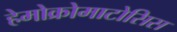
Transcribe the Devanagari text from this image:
हेमोक्रोमाटोसिस